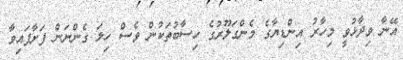
އޭނާ ވިދާޅުވީ މިހާރު އިންޑިޔާގެ މެންގަލޫރުގެ ހިސާބުތަކުން ވެސް ހިލަ ގެންނަން ފަށާފައިވާ